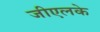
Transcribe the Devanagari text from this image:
जीएलके